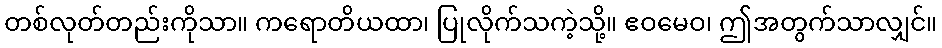
တစ်လုတ်တည်းကိုသာ။ ကရောတိယထာ၊ ပြုလိုက်သကဲ့သို့။ ဧဝမေဝ၊ ဤအတွက်သာလျှင်။